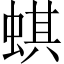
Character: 蜞